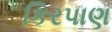
કિરપાણ